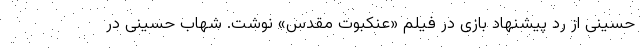
حسینی از رد پیشنهاد بازی در فیلم «عنکبوت مقدس» نوشت. شهاب حسینی در